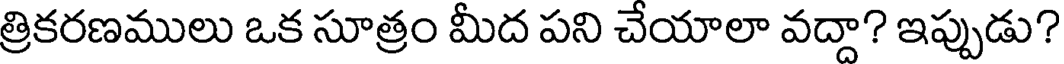
త్రికరణములు ఒక సూత్రం మీద పని చేయాలా వద్దా? ఇప్పుడు?